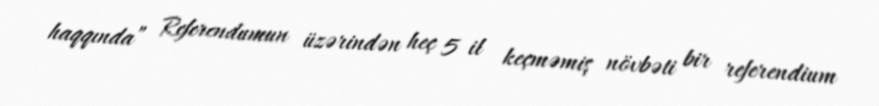
haqqında” Referendumun üzərindən heç 5 il keçməmiş növbəti bir referendium